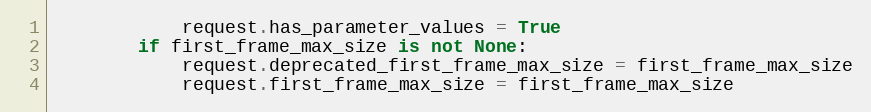
Language: Python
            request.has_parameter_values = True
        if first_frame_max_size is not None:
            request.deprecated_first_frame_max_size = first_frame_max_size
            request.first_frame_max_size = first_frame_max_size